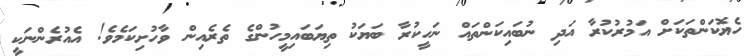
ހެޔޮކަންތަކަށް އަމުރުކުރާ އަދި ނުބައިކަންތައް ނަހީކުރާ ބަޔަކު ތިޔަބައިމީހުންގެ ތެރެއިން ވާހުށިކަމެވެ! އެއުރެންނަކީ